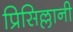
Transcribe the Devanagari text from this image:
प्रिसिल्लानी